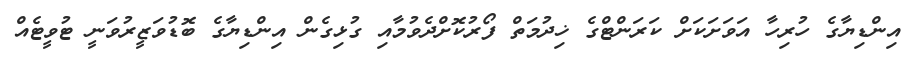
އިންޑިޔާގެ ހުރިހާ އަވަށަކަށް ކަރަންޓްގެ ޚިދުމަތް ފޯރުކޮށްދެވުމާއި ގުޅިގެން އިންޑިޔާގެ ބޮޑުވަޒީރުވަނީ ޓުވީޓެއް